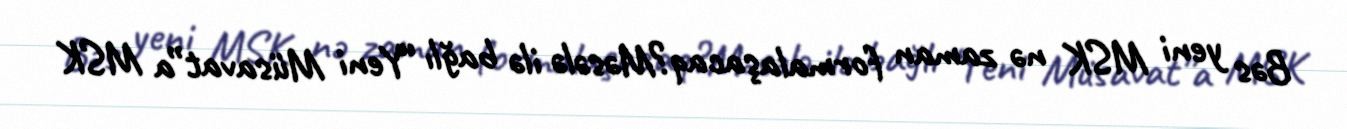
Bəs yeni MSK nə zaman formalaşacaq?Məsələ ilə bağlı “Yeni Müsavat”a MSK